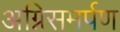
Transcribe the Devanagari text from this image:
अग्निसमर्पण